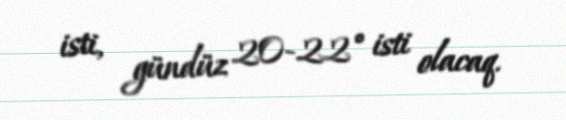
isti, gündüz 20-22° isti olacaq.